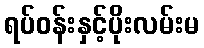
ရပ်ဝန်းနှင့်ပိုးလမ်းမ